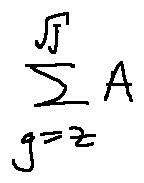
\sum \limits _ { g = z } ^ { \sqrt { j } } A